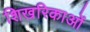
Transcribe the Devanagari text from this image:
शिखरिकाओं